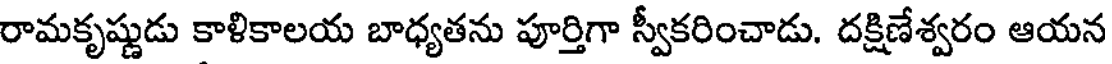
రామకృష్ణుడు కాళికాలయ బాధ్యతను పూర్తిగా స్వీకరించాడు. దక్షిణేశ్వరం ఆయన